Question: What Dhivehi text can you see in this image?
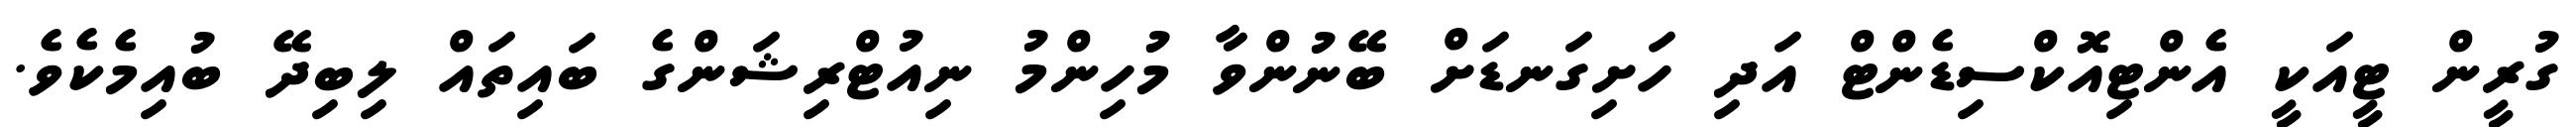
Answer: ގުރީން ޓީއަކީ އެންޓިއޮކްސިޑެންޓް އަދި ހަށިގަނޑަށް ބޭނުންވާ މުހިންމު ނިއުޓްރިޝަންގެ ބައިތައް ލިބިދޭ ބުއިމެކެވެ.